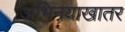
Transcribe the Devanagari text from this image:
अभिनयाखातर